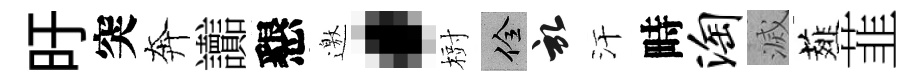
旴突奔讟懇邀·𣗳佺啓汗畤淘滅薤韮